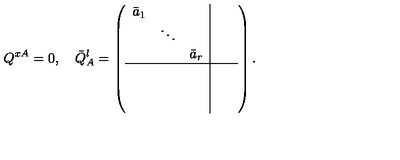
Q ^ { x A } = 0 , \quad \bar { Q } _ { A } ^ { l } = \left( \begin{array} { c c c | c c } { \bar { a } _ { 1 } } & { } & { } & { } & { } \\ { } & { \ddots } & { } & { } & { } \\ { } & { } & { \bar { a } _ { r } } & { } & { } \\ \hline { } & { } & { } & { } & { } \\ { } & { } & { } & { } & { } \\ { } & { } & { } & { } & { } \\ \end{array} \right) .